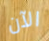
الآن